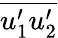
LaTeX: \overline{{u_{1}^{\prime}u_{2}^{\prime}}}